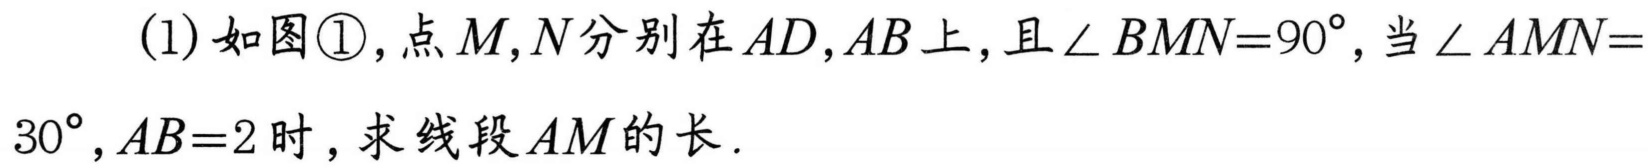
(1)如图\textcircled{1},点$M,N$分别在$AD,AB$上,且$\angle BMN = 90^{\circ}$,当$\angle AMN = 30^{\circ},AB = 2$时, 求线段$AM$的长.